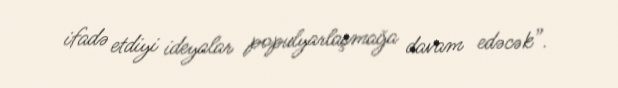
ifadə etdiyi ideyalar populyarlaşmağa davam edəcək”.